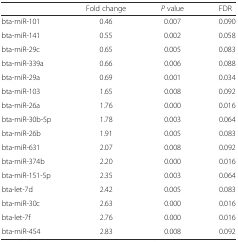
<table><thead><tr><td></td><td><b>Fold change</b></td><td><b><i>P</i> value</b></td><td><b>FDR</b></td></tr></thead><tbody><tr><td>bta-miR-101</td><td>0.46</td><td>0.007</td><td>0.090</td></tr><tr><td>bta-miR-141</td><td>0.55</td><td>0.002</td><td>0.058</td></tr><tr><td>bta-miR-29c</td><td>0.65</td><td>0.005</td><td>0.083</td></tr><tr><td>bta-miR-339a</td><td>0.66</td><td>0.006</td><td>0.088</td></tr><tr><td>bta-miR-29a</td><td>0.69</td><td>0.001</td><td>0.034</td></tr><tr><td>bta-miR-103</td><td>1.65</td><td>0.008</td><td>0.092</td></tr><tr><td>bta-miR-26a</td><td>1.76</td><td>0.000</td><td>0.016</td></tr><tr><td>bta-miR-30b-5p</td><td>1.78</td><td>0.003</td><td>0.064</td></tr><tr><td>bta-miR-26b</td><td>1.91</td><td>0.005</td><td>0.083</td></tr><tr><td>bta-miR-631</td><td>2.07</td><td>0.008</td><td>0.092</td></tr><tr><td>bta-miR-374b</td><td>2.20</td><td>0.000</td><td>0.016</td></tr><tr><td>bta-miR-151-5p</td><td>2.35</td><td>0.003</td><td>0.064</td></tr><tr><td>bta-let-7d</td><td>2.42</td><td>0.005</td><td>0.083</td></tr><tr><td>bta-miR-30c</td><td>2.63</td><td>0.000</td><td>0.016</td></tr><tr><td>bta-let-7f</td><td>2.76</td><td>0.000</td><td>0.016</td></tr><tr><td>bta-miR-454</td><td>2.83</td><td>0.008</td><td>0.092</td></tr></tbody></table>